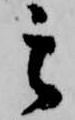
其